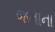
જનાના